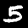
Label: 5